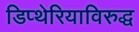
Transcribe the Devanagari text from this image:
डिप्थेरियाविरुद्ध